Note on the mental hospitals in Burma - 1925-1940
Year: 1925
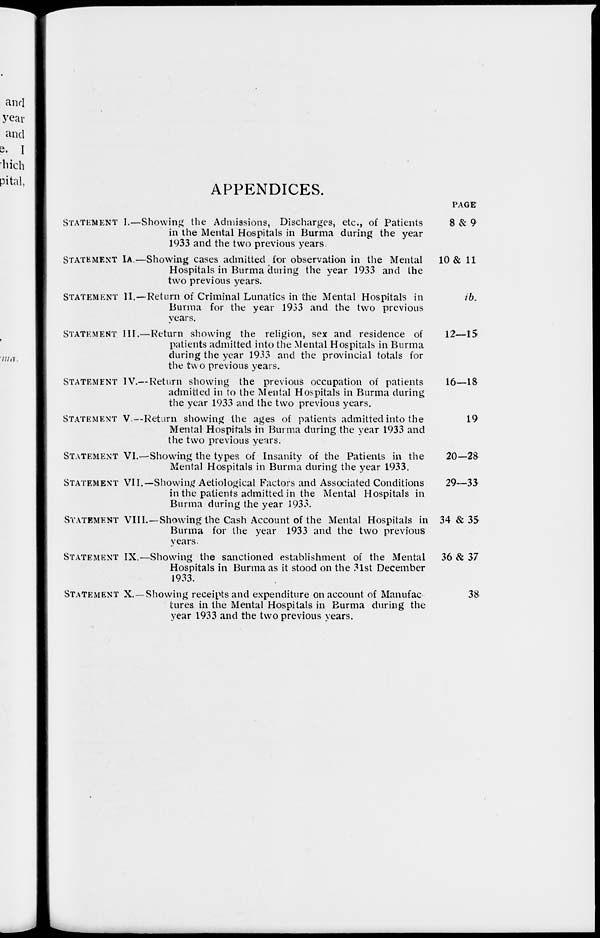
APPENDICES.
STATEMENT
STATEMENT
STATEMENT
STATEMENT
STATEMENT
STATEMENT
STATEMENT
STATEMENT
STATEMENT
STATEMENT
STATEMENT
I.—Showing the Admissions, Discharges, etc., of Patients
in the Mental Hospitals in Burma during the year
1933 and the two previous years.
IA.—Showing cases admitted for observation in the Mental
Hospitals in Burma during the year 1933 and the
two previous years.
II.—Return of Criminal Lunatics in the Mental Hospitals in
Burma for the year 1933 and the two previous
years.
III.—Return showing the religion, sex and residence of
patients admitted into the Mental Hospitals in Burma
during the year 1933 and the provincial totals for
the two previous years.
IV.— Return showing the previous occupation of patients
admitted in to the Mental Hospitals in Burma during
the year 1933 and the two previous years.
V.—Return showing the ages of patients admitted into the
Mental Hospitals in Burma during the year 1933 and
the two previous years.
VI.—Showing the types of Insanity of the Patients in the
Mental Hospitals in Burma during the year 1933.
VII.— Showing Aetiological Factors and Associated Conditions
in the patients admitted in the Mental Hospitals in
Burma during the year 1933.
VIII.—Showing the Cash Account of the Mental Hospitals in
Burma for the year 1933 and the two previous
years.
IX.—Showing the sanctioned establishment of the Mental
Hospitals in Burma as it stood on the 31st December
1933.
X. —Showing receipts and expenditure on account of Manufac-
tures in the Mental Hospitals in Burma during the
year 1933 and the two previous years.
PAGE
8&9
10 & 11
ib.
12—15
16—18
19
20-28
29—33
34 & 35
36 & 37
38